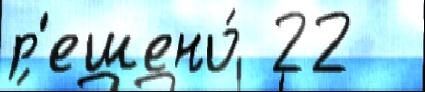
р'ешено́ 22